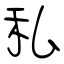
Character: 私